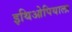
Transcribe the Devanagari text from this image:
इथिओपियाला